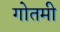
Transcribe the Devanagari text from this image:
गोतमी